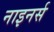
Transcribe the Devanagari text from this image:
नाइनर्स